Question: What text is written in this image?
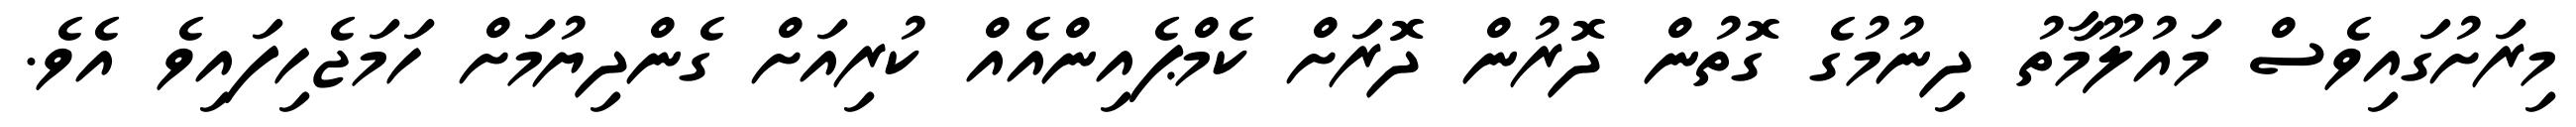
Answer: މިރަށުގައިވެސް މައުލޫމާތު ދިނުމުގެ ގޮތުން ދޮރުން ދޮރަށް ކެމްޕެއިންއެއް ކުރިއަށް ގެންދިޔުމަށް ހަމަޖެހިފައިވެ އެވެ.